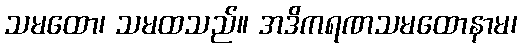
သမထော၊ သမထသည်။ အဒိကရဏသမထောနာမ၊